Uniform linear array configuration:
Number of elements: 8
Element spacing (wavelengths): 0.25
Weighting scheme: kaiser
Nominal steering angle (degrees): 45
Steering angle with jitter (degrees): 43.444
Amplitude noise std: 0.05
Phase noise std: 0.05

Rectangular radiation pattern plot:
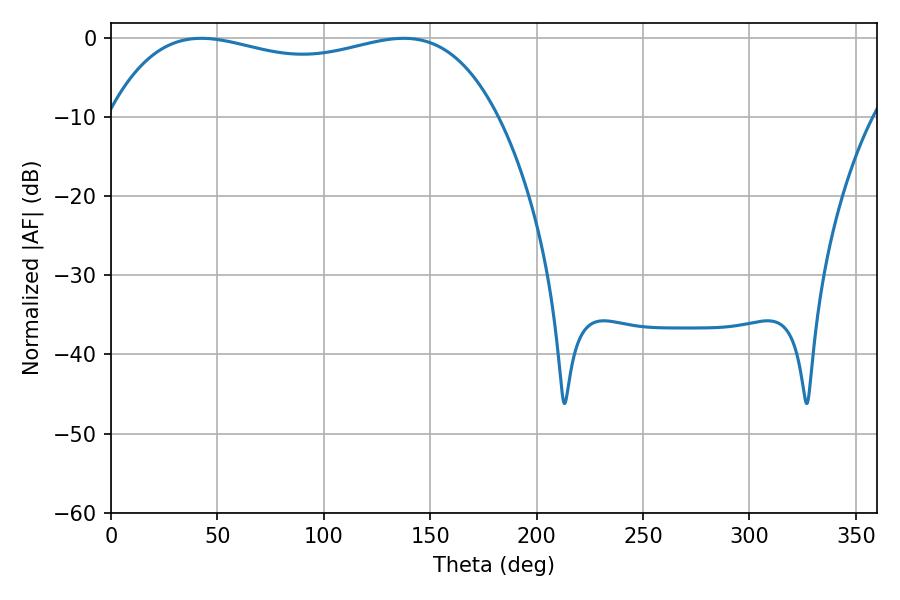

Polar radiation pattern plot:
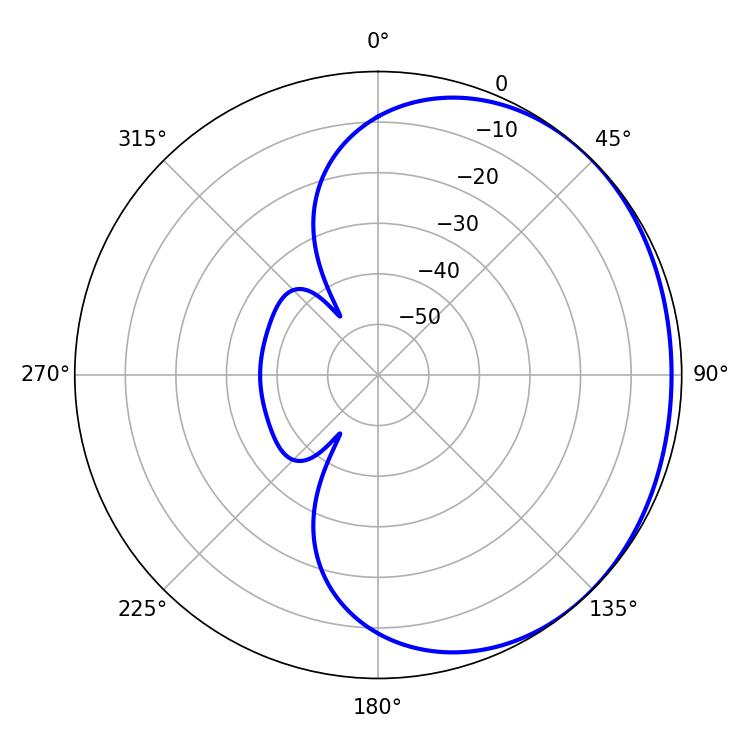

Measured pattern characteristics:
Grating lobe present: FALSE
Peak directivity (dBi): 1.07
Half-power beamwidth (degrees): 148.32
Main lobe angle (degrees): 42.48